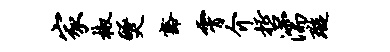
家椒燹豁霄介哲濡璇